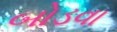
બોડવા